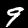
Label: 9